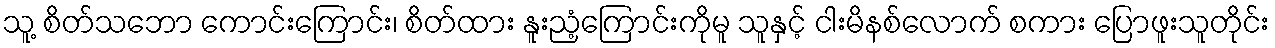
သူ့ စိတ်သဘော ကောင်းကြောင်း၊ စိတ်ထား နူးညံ့ကြောင်းကိုမူ သူနှင့် ငါးမိနစ်လောက် စကား ပြောဖူးသူတိုင်း